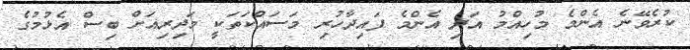
ކުރެވޭނެ އެންމެ މުހިއްމު އަދި އެންމެ ފައިދާހުރި މަސައްކަތަކީ މަދިރިއަށް ބިސް އެޅުމުގެ